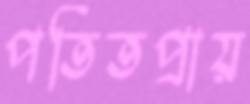
পতিতপ্রায়